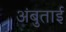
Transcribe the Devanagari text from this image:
अंबुताई